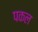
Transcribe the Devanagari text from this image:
पकल